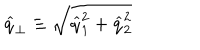
\widehat { q } _ { \perp } \equiv \sqrt { \widehat { q } _ { 1 } ^ { 2 } + \widehat { q } _ { 2 } ^ { 2 } }